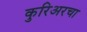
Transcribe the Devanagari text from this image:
कुरिअरचा